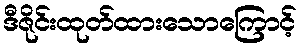
ဒီဇိုင်းထုတ်ထားသောကြောင့်